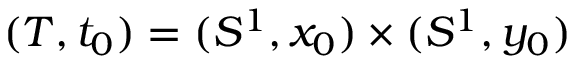
( T , t _ { 0 } ) = ( S ^ { 1 } , x _ { 0 } ) \times ( S ^ { 1 } , y _ { 0 } )